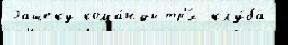
Гашеку кома́нды тр'́х клу́ба